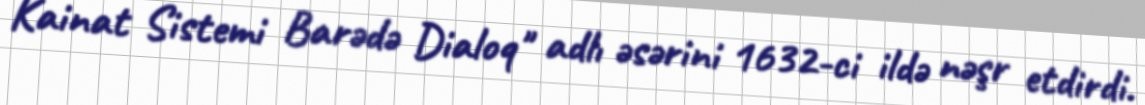
Kainat Sistemi Barədə Dialoq" adlı əsərini 1632-ci ildə nəşr etdirdi.